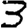
Digit: 3